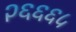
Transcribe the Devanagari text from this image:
२६६६५